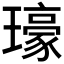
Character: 𤪗